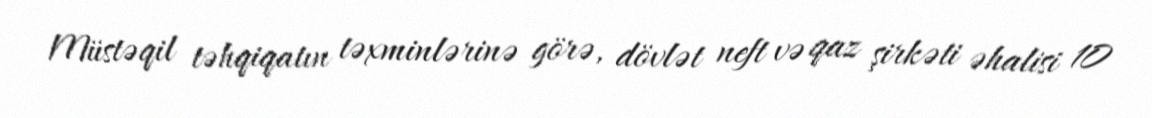
Müstəqil təhqiqatın təxminlərinə görə, dövlət neft və qaz şirkəti əhalisi 10